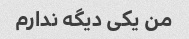
من یکی دیگه ندارم